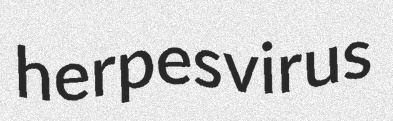
herpesvirus